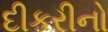
દીકરીનો